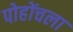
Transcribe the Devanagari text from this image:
पोहोंचला